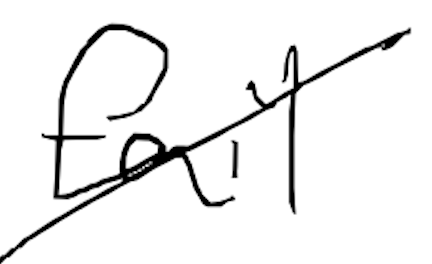
Text: fail
Cross-out: diagonal
Writing tool: digital_black